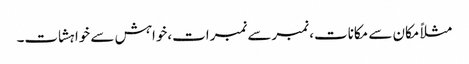
مثلاً مکان سے مکانات، نمبرسے نمبرات،خواہش سے خواہشات۔